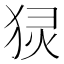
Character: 𬌴